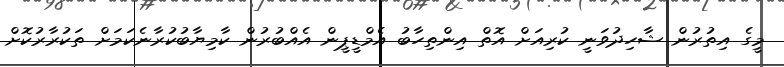
މީގެ އިތުރުން ޝާހިދުވަނީ ކުރިއަށް އޮތް އިންތިހާބު އެމްޑީޕީން އެއްބުރުން ކާމިޔާބުކުރާނެކަމަށް ތަކުރާރުކޮށް